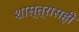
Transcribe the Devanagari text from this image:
शास्त्रासही